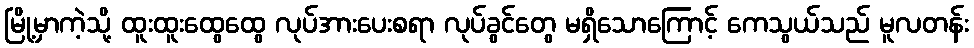
မြို့မှာကဲ့သို့ ထူးထူးထွေထွေ လုပ်အားပေးစရာ လုပ်ခွင်တွေ မရှိသောကြောင့် ကေသွယ်သည် မူလတန်း